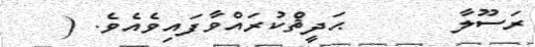
ރަސޫލާ      ޙަދީޘްކުރައްވާފައިވެއެވެ. (